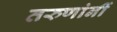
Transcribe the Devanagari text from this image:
तरुणांनीं